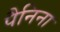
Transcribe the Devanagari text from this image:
पैनिना